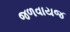
જળવાયજ